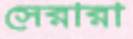
সেরারা